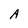
Character: A